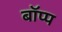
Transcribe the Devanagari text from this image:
बॉप्प